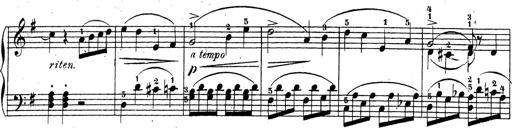
Title: 4 Sonatinas
Composer: Jacob Schmitt